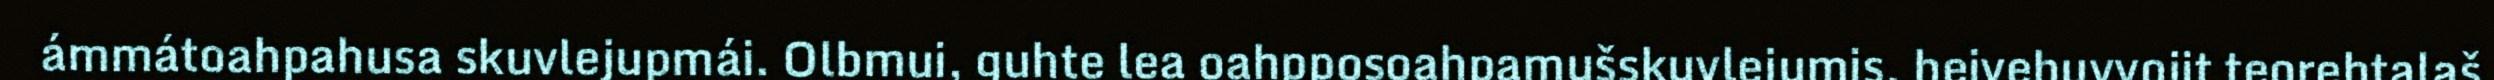
ámmátoahpahusa skuvlejupmái. Olbmui, guhte lea oahpposoahpamušskuvlejumis, heivehuvvojit teorehtalaš